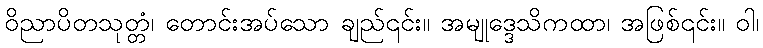
ဝိညာပိတသုတ္တံ၊ တောင်းအပ်သော ချည်၎င်း။ အမျုဒ္ဒေသိကထာ၊ အဖြစ်၎င်း။ ဝါ၊